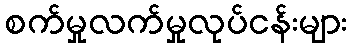
စက်မှုလက်မှုလုပ်ငန်းများ